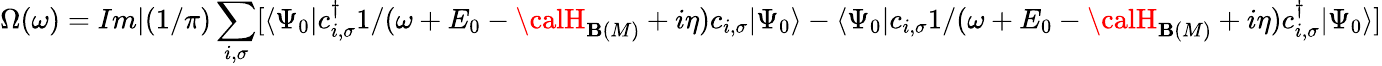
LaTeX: \Omega(\omega)=Im|(1/\pi)\sum_{i,\sigma}[\langle\Psi_{0}|c_{i,\sigma}^{\dagger}{1/(\omega+E_{0}-{\calH}_{\mathbf{B}(M)}+i\eta)}c_{i,\sigma}|\Psi_{0}\rangle-\langle\Psi_{0}|c_{i,\sigma}{1/(\omega+E_{0}-{\calH}_{\mathbf{B}(M)}+i\eta)}c_{i,\sigma}^{\dagger}|\Psi_{0}\rangle]